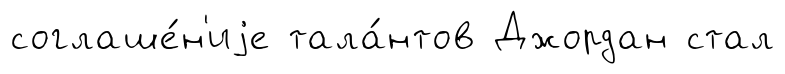
соглаше́н'иjе тала́нтов Джордан стал